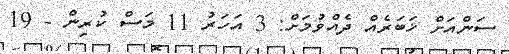
ސަންއަށް ޚަބަރެއް ދެއްވުމަށް: 3 އަހަރު 11 މަސް ކުރިން - 19